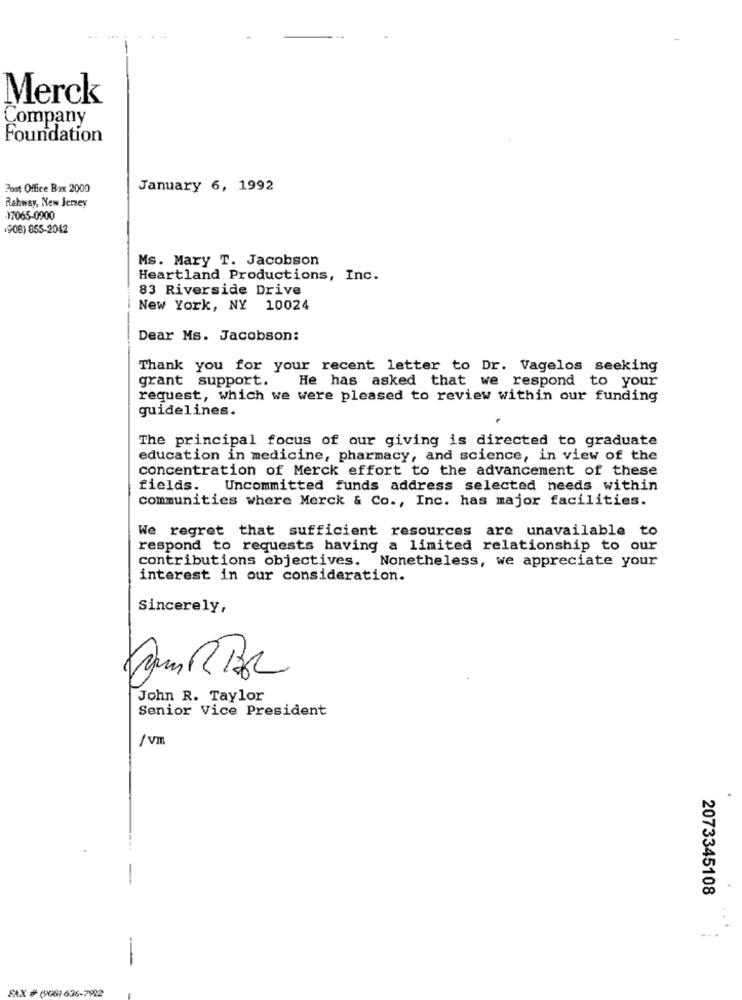
Merck
Company
Foundation
Post Office Box 2000
January 6, 1992
Rahway, New Jersey
-17065-0900
(908) 855-2042
Ms. Mary T. Jacobson
Heartland Productions, Inc.
83 Riverside Drive
New York, NY 10024
Dear Ms. Jacobson:
Thank you for your recent letter to Dr. Vagelos seeking
grant support.
He has asked that we respond to your
request, which we were pleased to review within our funding
guidelines.
The principal focus of our giving is directed to graduate
education in medicine, pharmacy, and science, in view of the
concentration of Merck effort to the advancement of these
fields.
Uncommitted funds address selected needs within
communities where Merck & Co ., Inc. has major facilities.
We regret that sufficient resources are unavailable to
respond to requests having a limited relationship to our
contributions objectives. Nonetheless, we appreciate your
interest in our consideration.
Sincerely,
John R. Taylor
Senior Vice President
/Vm
2073345108
FAX # (908) 636-7992